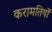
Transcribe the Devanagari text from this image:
करामतियों